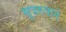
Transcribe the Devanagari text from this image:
सूत्ररूपाने